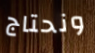
ونحتاج